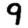
Digit: 9